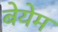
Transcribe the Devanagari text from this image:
बेयेम